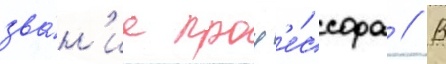
зва́н'ие проф'е́ссора // В